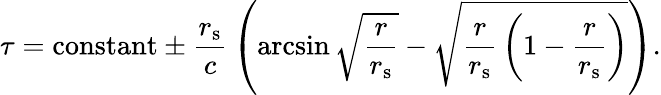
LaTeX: \tau={\mathrm{constant}}\pm{\frac{r_{\mathrm{{s}}}}{c}}\left(\arcsin{\sqrt{\frac{r}{r_{\mathrm{{s}}}}}}-{\sqrt{{\frac{r}{r_{\mathrm{{s}}}}}\left(1-{\frac{r}{r_{\mathrm{{s}}}}}\right)}}\right).